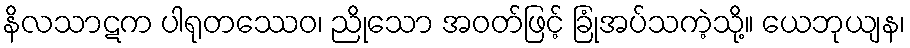
နိလသာဋက ပါရုတဿေဝ၊ ညိုသော အဝတ်ဖြင့် ခြုံအပ်သကဲ့သို့။ ယေဘုယျန၊